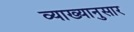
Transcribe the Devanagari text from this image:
व्याख्यानुसार